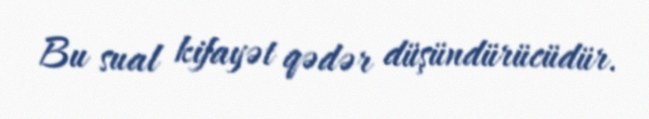
Bu sual kifayət qədər düşündürücüdür.